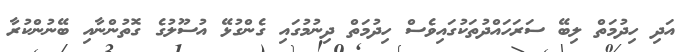
އަދި ހިދުމަތް ލިބޭ ސަރަހައްދުތަކުގައިވެސް ހިދުމަތް ދިނުމުގައި ގެންގުޅޭ އުސޫލުގެ ގޮތުންނާއި ބޭނުންކުރާ